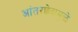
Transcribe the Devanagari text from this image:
आंतरछेदामुळे